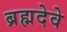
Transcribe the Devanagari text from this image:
ब्रह्मदेवे